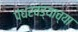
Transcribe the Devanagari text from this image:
पंधरवड्याच्या